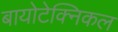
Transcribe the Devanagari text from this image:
बायोटेक्निकल